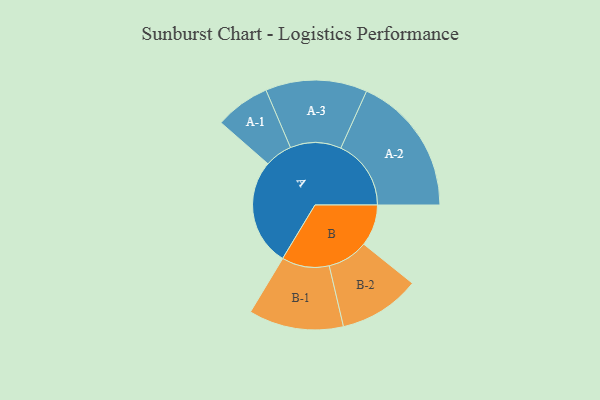
{"axis": {"x": "Segment", "y": "Value"}, "legend": ["", "A", "B"], "data": [{"x": "A", "y": 413, "type": ""}, {"x": "B", "y": 160, "type": ""}, {"x": "A-1", "y": 106, "type": "A"}, {"x": "A-2", "y": 271, "type": "A"}, {"x": "A-3", "y": 196, "type": "A"}, {"x": "B-1", "y": 183, "type": "B"}, {"x": "B-2", "y": 157, "type": "B"}]}